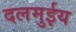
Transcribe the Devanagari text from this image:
दलमुईय